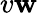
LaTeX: v\mathbf{w}